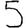
Digit: 5